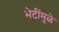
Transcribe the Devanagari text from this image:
भेटींमुळे